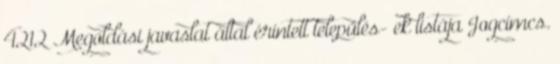
4212 Megoldási javaslat által érintett település- ek listája Jogcímcs.